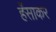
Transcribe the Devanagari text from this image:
हँसाकर